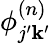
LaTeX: {\phi}_{j^{\prime}\mathbf{k}^{\prime}}^{(n)}